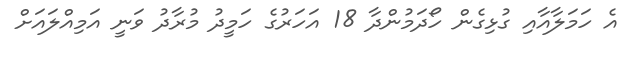
އެ ހަމަލާއާއި ގުޅިގެން ހޯދަމުންދާ 18 އަހަރުގެ ހަމީދު މުރާދު ވަނީ އަމިއްލައަށް